Subject: physics
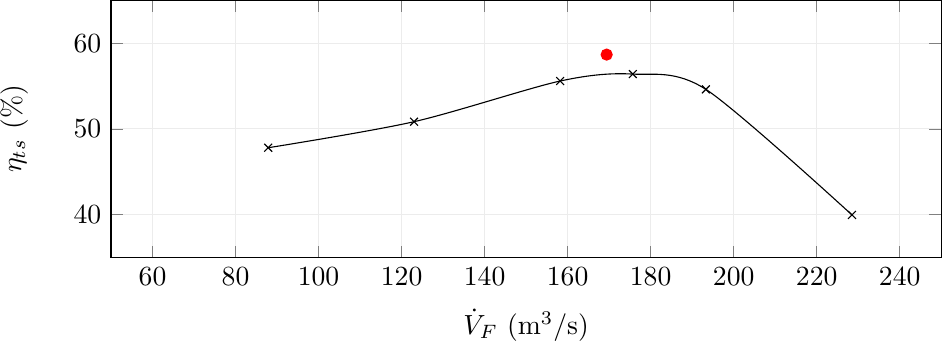
LaTeX code:
	\begin{tikzpicture}
		\begin{axis}[
			width=\linewidth,
			height=0.4\linewidth,
			grid=both,
			grid style={draw=gray!15},
			xlabel=$\dot{V}_F$ (m$^3$/s),
			ylabel=$\eta_{ts}$ (\%),
			xmin=50,
			xmax=250,
			ymin=35,
			ymax=65,
			legend style={at={(0.4,0.5)},anchor=north west},
			legend cell align = {left}
			]
			\addplot [red,mark=*,only marks]coordinates{(169.4,58.66)};
			\addplot [black,mark=x,smooth]coordinates{(87.87,47.804)(123.0,50.84)(158.2,55.58)(175.7,56.39)(193.3,54.61)(228.5,39.97)};
		\end{axis}
	\end{tikzpicture}